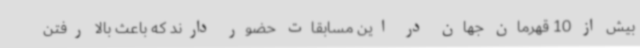
بیش از 10 قهرمان جهان در این مسابقات حضور دارند که باعث بالا رفتن